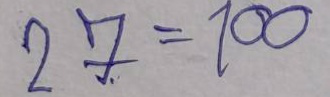
27 = 100